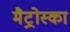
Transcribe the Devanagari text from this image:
मैट्रोस्का